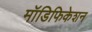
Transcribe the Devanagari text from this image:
मॉडिफिकेशन